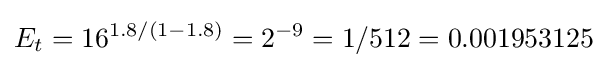
E_{t}=16^{1.8/(1-1.8)}=2^{-9}=1/512=0.001953125